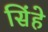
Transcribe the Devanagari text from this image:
सिंहे